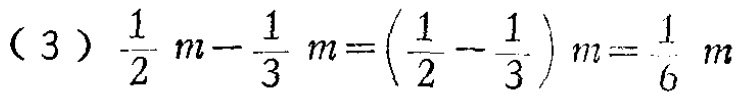
(3) \(\frac{1}{2}m - \frac{1}{3}m = (\frac{1}{2} - \frac{1}{3})m=\frac{1}{6}m\)